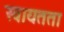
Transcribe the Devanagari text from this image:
स्‍वायतता